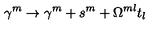
\gamma ^ { m } \to \gamma ^ { m } + s ^ { m } + \Omega ^ { m l } t _ { l }